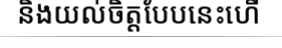
និងយល់ចិត្តបែបនេះហើ